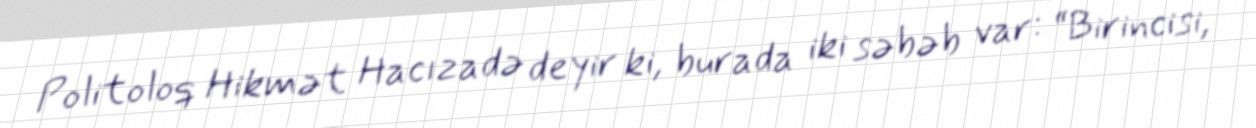
Politoloq Hikmət Hacızadə deyir ki, burada iki səbəb var: “Birincisi,